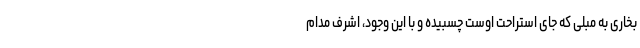
بخاری به مبلی که جای استراحت اوست چسبیده و با این وجود، اشرف مدام